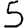
Digit: 5